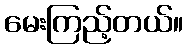
မေးကြည့်တယ်။